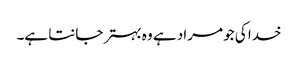
خدا کی جو مراد ہے وہ بہتر جانتا ہے۔